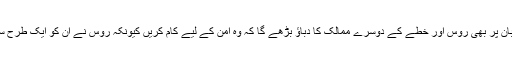
رحیم اللہ یوسف زئی کا کہنا تھا کہ افغان طالبان پر بھی روس اور خطے کے دوسرے ممالک کا دباؤ بڑھے گا کہ وہ امن کے لیے کام کریں کیونکہ روس نے ان کو ایک طرح سے قانونی حیثیت دلوانے کی کوشش کی ہے۔